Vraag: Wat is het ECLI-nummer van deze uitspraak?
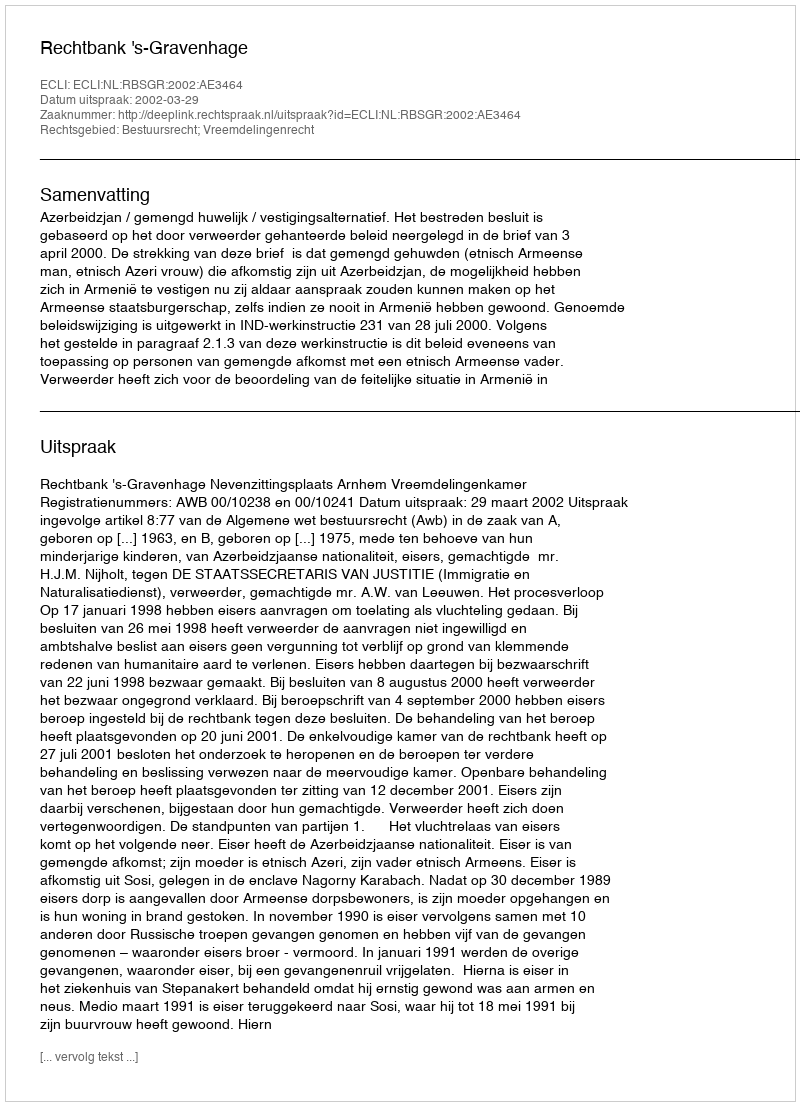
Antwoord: ECLI:NL:RBSGR:2002:AE3464